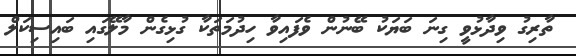
ތާރިގު ވިދާޅުވީ ގިނަ ބަޔަކު ބޭނުން ވެފައިވާ ހިދުމަތަކާ ގުޅިގެން މާލޭގައި ބައިސިކަލް